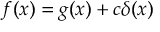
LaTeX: f ( x ) = g ( x ) + c \delta ( x )